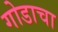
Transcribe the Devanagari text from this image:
गोडाचा